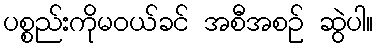
ပစ္စည်းကိုမဝယ်ခင် အစီအစဉ် ဆွဲပါ။